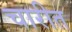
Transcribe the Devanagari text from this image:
चारीत